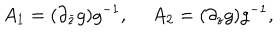
A _ { 1 } = ( \partial _ { \bar { z } } g ) g ^ { - 1 } , \ A _ { 2 } = ( \partial _ { z } g ) g ^ { - 1 } ,